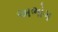
અભોગ